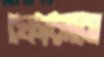
ফোরামে